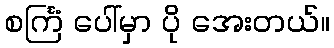
စင်္ကြံ ပေါ်မှာ ပို အေးတယ်။